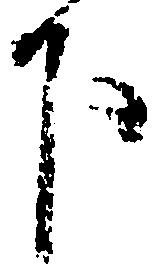
下